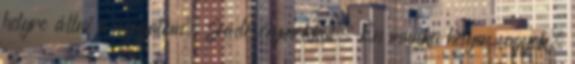
helyre állni a nyugalom. Jádesólymokkal. Én munka helyen vagyok,